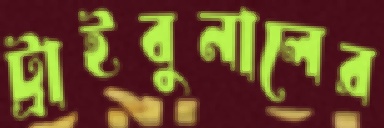
ট্রাইবুনালের